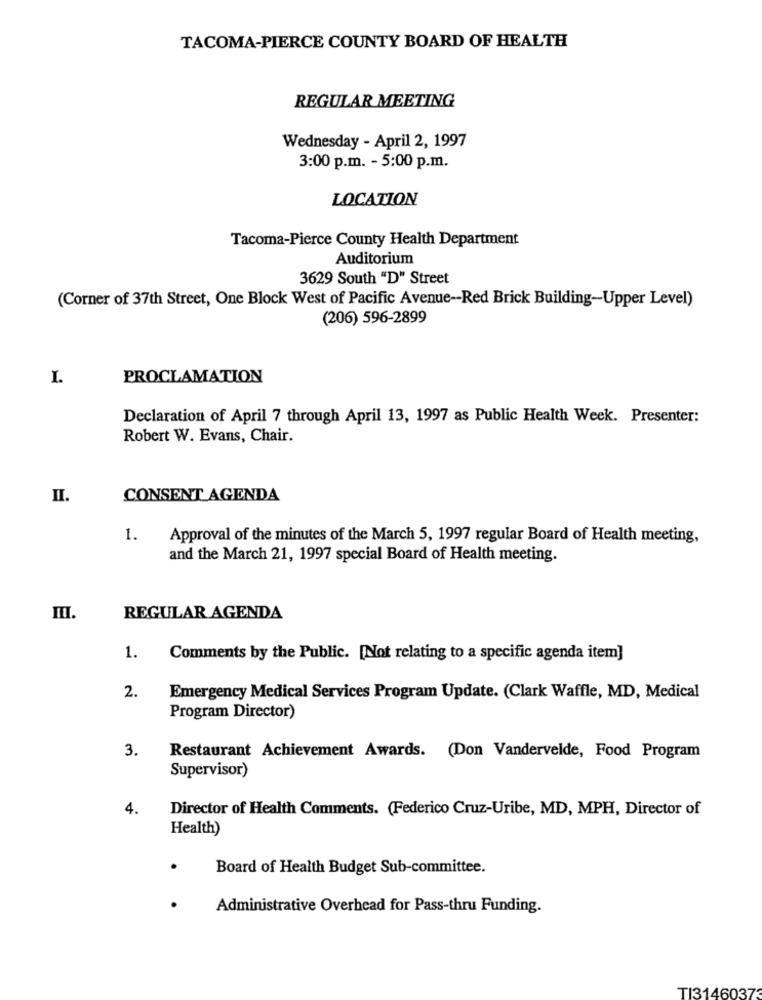
TACOMA-PIERCE COUNTY BOARD OF HEALTH
REGULAR MEETING
Wednesday - April 2, 1997
3:00 p.m. - 5:00 p.m.
LOCATION
Tacoma-Pierce County Health Department
Auditorium
3629 South "D" Street
(Corner of 37th Street, One Block West of Pacific Avenue -- Red Brick Building-Upper Level)
(206) 596-2899
I.
PROCLAMATION
Declaration of April 7 through April 13, 1997 as Public Health Week. Presenter:
Robert W. Evans, Chair.
II.
CONSENT AGENDA
1.
Approval of the minutes of the March 5, 1997 regular Board of Health meeting,
and the March 21, 1997 special Board of Health meeting.
REGULAR AGENDA
1.
Comments by the Public. [Not relating to a specific agenda item]
2.
Emergency Medical Services Program Update. (Clark Waffle, MD, Medical
Program Director)
3.
Restaurant Achievement Awards. (Don Vandervelde, Food Program
Supervisor)
4.
Director of Health Comments. (Federico Cruz-Uribe, MD, MPH, Director of
Health)
Board of Health Budget Sub-committee.
Administrative Overhead for Pass-thru Funding.
TI31460373